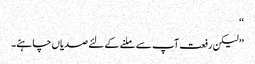
‘‘
’’لیکن رفعت آپ سے ملنے کے لئے صدیاں چاہئے۔